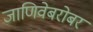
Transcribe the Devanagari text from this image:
जाणिवेबरोबर